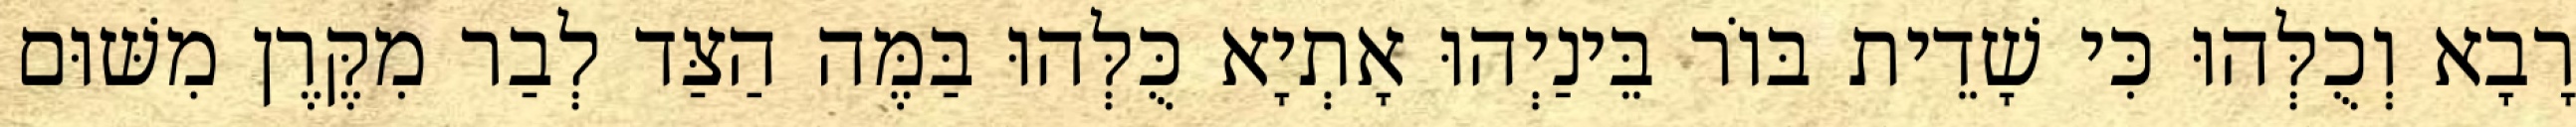
רָבָא וְכֻלְּהוּ כִּי שָׁדֵית בּוֹר בֵּינַיְהוּ אָתְיָא כֻּלְּהוּ בַּמֶּה הַצַּד לְבַר מִקֶּרֶן מִשּׁוּם